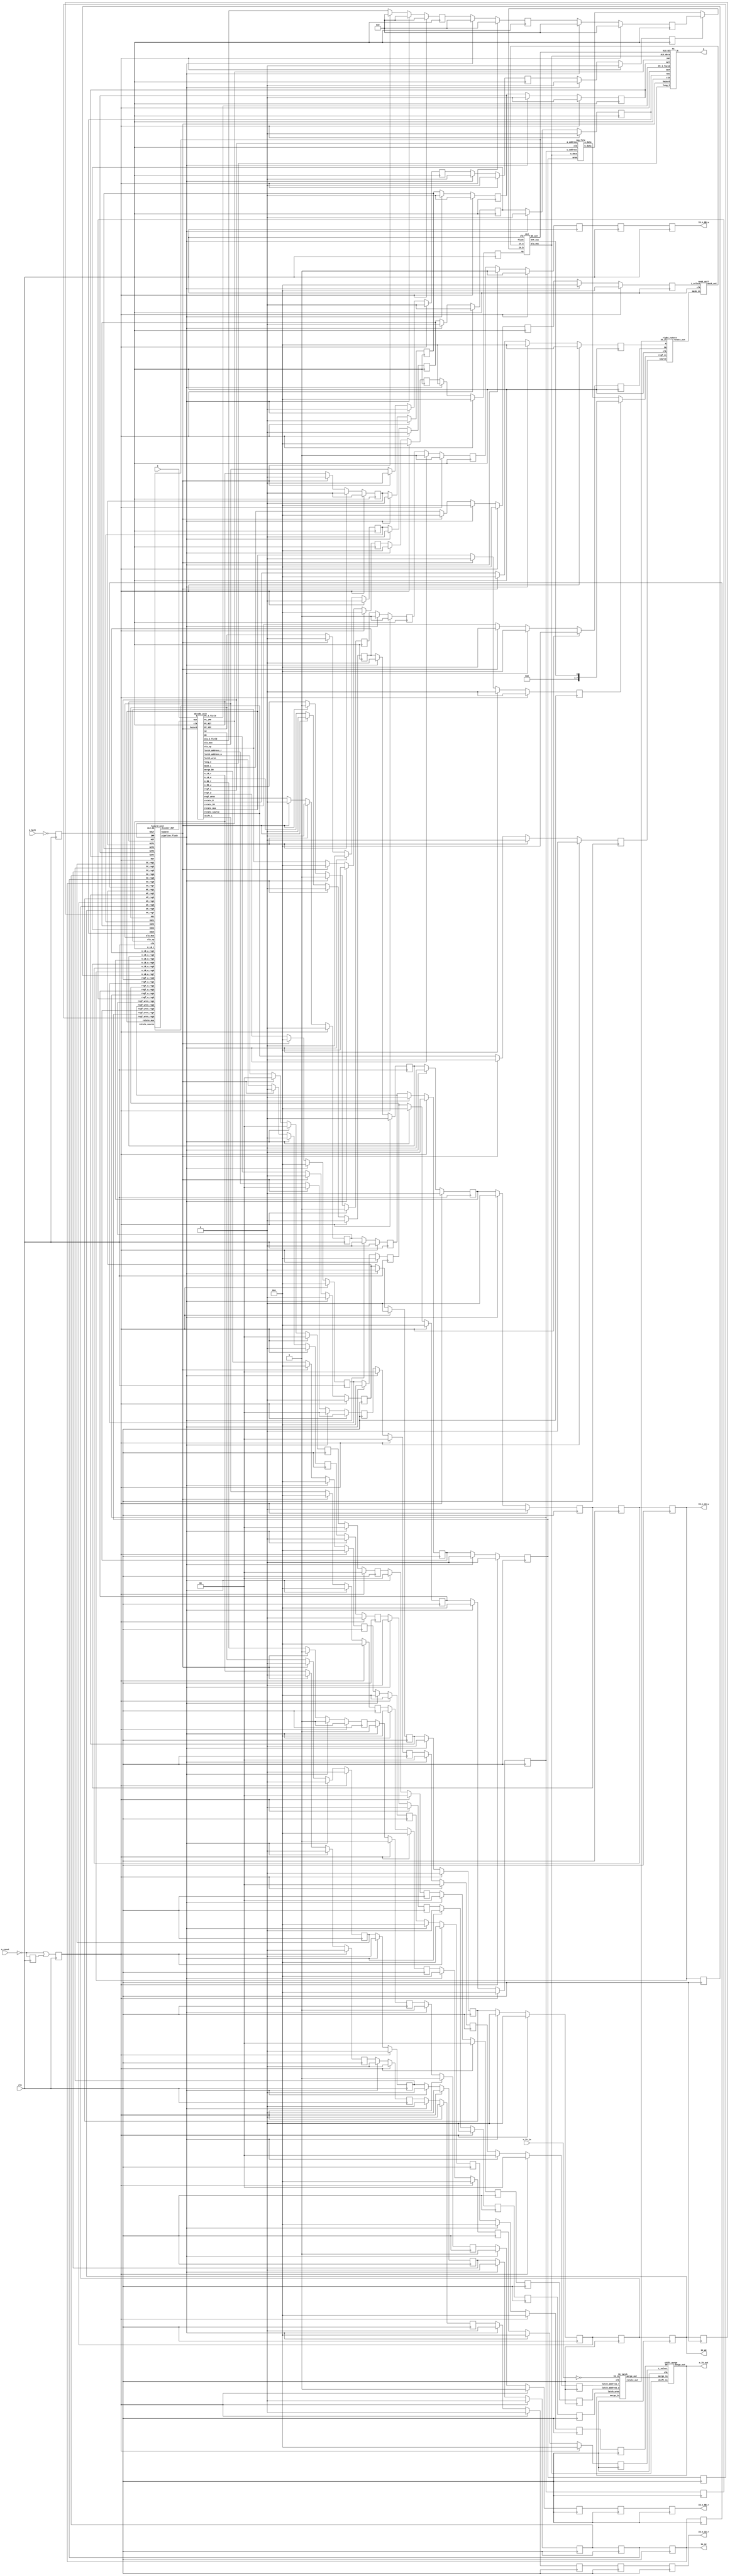
module N8X300(
		input wire clk,
		input wire n_halt,
		input wire n_reset,
		input wire[15:0] I,
		output wire[12:0] A,
		input wire[7:0] n_IV_in,
		output wire[7:0] n_IV_out,
		output wire IO_SC,
		output wire IO_WC,
		output wire IO_n_LB_w,
		output wire IO_n_RB_w,
		output wire IO_n_LB_r,
		output wire IO_n_RB_r);

reg RST, RST_hold;
reg HALT;
reg SC1, SC2, SC3, SC4, SC5, SC6, SC7;
reg WC1, WC2, WC3, WC4, WC5, WC6, WC7;
reg n_LB_w1, n_LB_w2, n_LB_w3, n_LB_w4, n_LB_w5, n_LB_w6, n_LB_w7;
reg n_RB_w1, n_RB_w2, n_RB_w3, n_RB_w4, n_RB_w5, n_RB_w6;
reg n_LB_r1, n_LB_r2, n_LB_r3, n_LB_r4, n_LB_r5, n_LB_r6;
reg n_RB_r1, n_RB_r2, n_RB_r3, n_RB_r4, n_RB_r5, n_RB_r6;
reg latch_wren1, latch_wren2, latch_wren3, latch_wren4, latch_wren5, latch_wren6;
reg[1:0] latch_address_w1, latch_address_w2, latch_address_w3, latch_address_w4, latch_address_w5, latch_address_w6;
reg[1:0] latch_address_r1, latch_address_r2, latch_address_r3, latch_address_r4;
wire[7:0] latch_merge_in, latch_merge_out, latch_rotate_out;
wire[2:0] regf_a;
reg[2:0] regf_w1, regf_w2, regf_w3, regf_w4, regf_w5;
reg regf_wren1, regf_wren2, regf_wren3, regf_wren4, regf_wren5;
wire[7:0] a_data, b_data;
wire[7:0] rotate_out;
reg[2:0] rotate_S01, rotate_R1;
reg rotate_source1;
reg rotate_mux1;
wire[7:0] rmux_out;
reg[2:0] mask_L1, mask_L2;
wire[7:0] mask_out;
reg[2:0] alu_op1, alu_op2, alu_op3;
wire[7:0] amux_out;
reg[7:0] alu_I_field1, alu_I_field2, alu_I_field3;
reg alu_mux1, alu_mux2, alu_mux3;
wire[7:0] alu_out;
wire OVF;
wire NZ;
wire decoder_RST;
wire SC;
wire WC;
wire n_LB_w;
wire n_RB_w;
wire n_LB_r;
wire n_RB_r;
wire[2:0] merge_D0;
wire[2:0] shift_L;
wire[2:0] alu_op;
wire[2:0] rotate_S0;
wire[2:0] rotate_R;
wire rotate_source;
wire rotate_mux;
wire[2:0] mask_L;
wire alu_mux;
wire[7:0] alu_I_field;
wire latch_wren;
wire[1:0] latch_address_w;
wire[1:0] latch_address_r;
wire[2:0] regf_w;
wire regf_wren;
reg NZT1, NZT2, NZT3, NZT4;
reg XEC1, XEC2, XEC3, XEC4;
wire NZT;
wire XEC;
wire JMP;
wire long_I;
wire[12:0] PC_I_field;
reg[2:0] merge_D01, merge_D02, merge_D03, merge_D04, merge_D05;
reg[2:0] shift_L1, shift_L2, shift_L3, shift_L4;
wire hazard;
wire pipeline_flush;
assign IO_SC = SC6;
assign IO_WC = WC6;
assign IO_n_LB_w = n_LB_w6;
assign IO_n_RB_w = n_RB_w6;
assign IO_n_LB_r = n_LB_r6;
assign IO_n_RB_r = n_RB_r6;

always @(posedge clk)
begin
	RST <= (~n_reset) | RST_hold;
	RST_hold <= ~n_reset;
	HALT <= ~n_halt;
	if(RST)
	begin
		SC1 <= 1'b0;
		SC2 <= 1'b0;
		SC3 <= 1'b0;
		SC4 <= 1'b0;
		WC1 <= 1'b0;
		WC2 <= 1'b0;
		WC3 <= 1'b0;
		WC4 <= 1'b0;
		n_LB_w1 <= 1'b0;
		n_LB_w2 <= 1'b0;
		n_LB_w3 <= 1'b0;
		n_LB_w4 <= 1'b0;
		n_RB_w1 <= 1'b1;
		n_RB_w2 <= 1'b1;
		n_RB_w3 <= 1'b1;
		n_RB_w4 <= 1'b1;
		n_LB_r1 <= 1'b0;
		n_LB_r2 <= 1'b0;
		n_LB_r3 <= 1'b0;
		n_LB_r4 <= 1'b0;
		n_RB_r1 <= 1'b1;
		n_RB_r2 <= 1'b1;
		n_RB_r3 <= 1'b1;
		n_RB_r4 <= 1'b1;
		latch_wren1 <= 1'b0;
		latch_wren2 <= 1'b0;
		latch_wren3 <= 1'b0;
		latch_wren4 <= 1'b0;
		latch_address_w1 <= 2'h0;
		latch_address_w2 <= 2'h0;
		latch_address_w3 <= 2'h0;
		latch_address_w4 <= 2'h0;
		latch_address_r1 <= 2'h0;
		latch_address_r2 <= 2'h0;
		latch_address_r3 <= 2'h0;
		latch_address_r4 <= 2'h0;
		regf_w1 <= 3'h0;
		regf_w2 <= 3'h0;
		regf_w3 <= 3'h0;
		regf_w4 <= 3'h0;
		regf_wren1 <= 1'b0;
		regf_wren2 <= 1'b0;
		regf_wren3 <= 1'b0;
		regf_wren4 <= 1'b0;
		rotate_S01 <= 3'h0;
		rotate_R1 <= 3'h0;
		rotate_source1 <= 1'b0;
		rotate_mux1 <= 1'b0;
		mask_L1 <= 3'h0;
		mask_L2 <= 3'h0;
		alu_op1 <= 3'h0;
		alu_op2 <= 3'h0;
		alu_op3 <= 3'h0;
		alu_I_field1 <= 8'h0;
		alu_I_field2 <= 8'h0;
		alu_I_field3 <= 8'h0;
		alu_mux1 <= 1'b0;
		alu_mux2 <= 1'b0;
		alu_mux3 <= 1'b0;
		merge_D01 <= 3'h0;
		merge_D02 <= 3'h0;
		merge_D03 <= 3'h0;
		merge_D04 <= 3'h0;
		shift_L1 <= 3'h0;
		shift_L2 <= 3'h0;
		shift_L3 <= 3'h0;
		shift_L4 <= 3'h0;
		NZT1 <= 1'b0;
		NZT2 <= 1'b0;
		NZT3 <= 1'b0;
		NZT4 <= 1'b0;
		XEC1 <= 1'b0;
		XEC2 <= 1'b0;
		XEC3 <= 1'b0;
		XEC4 <= 1'b0;
	end
	else
	begin
		if(pipeline_flush)
		begin
		SC1 <= 1'b0;
		SC2 <= 1'b0;
		SC3 <= 1'b0;
		SC4 <= 1'b0;
		WC1 <= 1'b0;
		WC2 <= 1'b0;
		WC3 <= 1'b0;
		WC4 <= 1'b0;
		n_LB_w1 <= 1'b0;
		n_LB_w2 <= 1'b0;
		n_LB_w3 <= 1'b0;
		n_LB_w4 <= 1'b0;
		n_RB_w1 <= 1'b1;
		n_RB_w2 <= 1'b1;
		n_RB_w3 <= 1'b1;
		n_RB_w4 <= 1'b1;
		n_LB_r1 <= 1'b0;
		n_LB_r2 <= 1'b0;
		n_LB_r3 <= 1'b0;
		n_LB_r4 <= 1'b0;
		n_RB_r1 <= 1'b1;
		n_RB_r2 <= 1'b1;
		n_RB_r3 <= 1'b1;
		n_RB_r4 <= 1'b1;
		latch_wren1 <= 1'b0;
		latch_wren2 <= 1'b0;
		latch_wren3 <= 1'b0;
		latch_wren4 <= 1'b0;
		latch_address_w1 <= 2'h0;
		latch_address_w2 <= 2'h0;
		latch_address_w3 <= 2'h0;
		latch_address_w4 <= 2'h0;
		latch_address_r1 <= 2'h0;
		latch_address_r2 <= 2'h0;
		latch_address_r3 <= 2'h0;
		latch_address_r4 <= 2'h0;
		regf_w1 <= 3'h0;
		regf_w2 <= 3'h0;
		regf_w3 <= 3'h0;
		regf_w4 <= 3'h0;
		regf_wren1 <= 1'b0;
		regf_wren2 <= 1'b0;
		regf_wren3 <= 1'b0;
		regf_wren4 <= 1'b0;
		rotate_S01 <= 3'h0;
		rotate_R1 <= 3'h0;
		rotate_source1 <= 1'b0;
		rotate_mux1 <= 1'b0;
		mask_L1 <= 3'h0;
		mask_L2 <= 3'h0;
		alu_op1 <= 3'h0;
		alu_op2 <= 3'h0;
		alu_op3 <= 3'h0;
		alu_I_field1 <= 8'h0;
		alu_I_field2 <= 8'h0;
		alu_I_field3 <= 8'h0;
		alu_mux1 <= 1'b0;
		alu_mux2 <= 1'b0;
		alu_mux3 <= 1'b0;
		merge_D01 <= 3'h0;
		merge_D02 <= 3'h0;
		merge_D03 <= 3'h0;
		merge_D04 <= 3'h0;
		shift_L1 <= 3'h0;
		shift_L2 <= 3'h0;
		shift_L3 <= 3'h0;
		shift_L4 <= 3'h0;
		NZT1 <= 1'b0;
		NZT2 <= 1'b0;
		NZT3 <= 1'b0;
		NZT4 <= 1'b0;
		XEC1 <= 1'b0;
		XEC2 <= 1'b0;
		XEC3 <= 1'b0;
		XEC4 <= 1'b0;
		end
		else
		begin
			if(hazard)
			begin
				SC1 <= 1'b0;
				WC1 <= 1'b0;
				n_LB_w1 <= 1'b0;
				n_RB_w1 <= 1'b1;
				n_LB_r1 <= 1'b0;
				n_RB_r1 <= 1'b1;
				latch_wren1 <= 1'b0;
				latch_address_w1 <= 2'h0;
				latch_address_r1 <= 2'h0;
				regf_w1 <= 3'h0;
				regf_wren1 <= 1'b0;
				rotate_S01 <= 3'h0;
				rotate_R1 <= 3'h0;
				rotate_source1 <= 1'b0;
				rotate_mux1 <= 1'b0;
				mask_L1 <= 3'h0;
				alu_op1 <= 3'h0;
				alu_I_field1 <= 8'h0;
				alu_mux1 <= 1'b0;
				merge_D01 <= 3'h0;
				shift_L1 <= 3'h0;
				NZT1 <= 1'b0;
				XEC1 <= 1'b0;
			end
			else
			begin
				SC1 <= SC;
				WC1 <= WC;
				n_LB_w1 <= n_LB_w;
				n_RB_w1 <= n_RB_w;
				n_LB_r1 <= n_LB_r;
				n_RB_r1 <= n_RB_r;
				latch_wren1 <= latch_wren;
				latch_address_w1 <= latch_address_w;
				latch_address_r1 <= latch_address_r;
				regf_w1 <= regf_w;
				regf_wren1 <= regf_wren;
				rotate_S01 <= rotate_S0;
				rotate_R1 <= rotate_R;
				rotate_source1 <= rotate_source;
				rotate_mux1 <= rotate_mux;
				mask_L1 <= mask_L;
				alu_op1 <= alu_op;
				alu_I_field1 <= alu_I_field;
				alu_mux1 <= alu_mux;
				merge_D01 <= merge_D0;
				shift_L1 <= shift_L;
				NZT1 <= NZT;
				XEC1 <= XEC;
			end
			SC2 <= SC1;
			SC3 <= SC2;
			SC4 <= SC3;
			WC2 <= WC1;
			WC3 <= WC2;
			WC4 <= WC3;
			n_LB_w2 <= n_LB_w1;
			n_LB_w3 <= n_LB_w2;
			n_LB_w4 <= n_LB_w3;
			n_RB_w2 <= n_RB_w1;
			n_RB_w3 <= n_RB_w2;
			n_RB_w4 <= n_RB_w3;
			n_LB_r2 <= n_LB_r1;
			n_LB_r3 <= n_LB_r2;
			n_LB_r4 <= n_LB_r3;
			n_RB_r2 <= n_RB_r1;
			n_RB_r3 <= n_RB_r2;
			n_RB_r4 <= n_RB_r3;
			latch_wren2 <= latch_wren1;
			latch_wren3 <= latch_wren2;
			latch_wren4 <= latch_wren3;
			latch_address_w2 <= latch_address_w1;
			latch_address_w3 <= latch_address_w2;
			latch_address_w4 <= latch_address_w3;
			latch_address_r2 <= latch_address_r1;
			latch_address_r3 <= latch_address_r2;
			latch_address_r4 <= latch_address_r3;
			regf_w2 <= regf_w1;
			regf_w3 <= regf_w2;
			regf_w4 <= regf_w3;
			regf_wren2 <= regf_wren1;
			regf_wren3 <= regf_wren2;
			regf_wren4 <= regf_wren3;
			mask_L2 <= mask_L1;
			alu_op2 <= alu_op1;
			alu_op3 <= alu_op2;
			alu_I_field2 <= alu_I_field1;
			alu_I_field3 <= alu_I_field2;
			alu_mux2 <= alu_mux1;
			alu_mux3 <= alu_mux2;
			merge_D02 <= merge_D01;
			merge_D03 <= merge_D02;
			merge_D04 <= merge_D03;
			shift_L2 <= shift_L1;
			shift_L3 <= shift_L2;
			shift_L4 <= shift_L3;
			NZT2 <= NZT1;
			NZT3 <= NZT2;
			NZT4 <= NZT3;
			XEC2 <= XEC1;
			XEC3 <= XEC2;
			XEC4 <= XEC3;
		end
	end
	SC5 <= SC4;
	SC6 <= SC5;
	SC7 <= SC6;
	WC5 <= WC4;
	WC6 <= WC5;
	WC7 <= WC6;
	n_LB_w5 <= n_LB_w4;
	n_LB_w6 <= n_LB_w5;
	n_LB_w7 <= n_LB_w6;
	n_RB_w5 <= n_RB_w4;
	n_RB_w6 <= n_RB_w5;
	n_LB_r5 <= n_LB_r4;
	n_LB_r6 <= n_LB_r5;
	n_RB_r5 <= n_RB_r4;
	n_RB_r6 <= n_RB_r5;
	latch_wren5 <= latch_wren4;
	latch_wren6 <= latch_wren5;
	latch_address_w5 <= latch_address_w4;
	latch_address_w6 <= latch_address_w5;
	regf_w5 <= regf_w4;
	regf_wren5 <= regf_wren4;
	merge_D05 <= merge_D04;
end
// IO module
assign n_IV_out = latch_merge_in;
IO_latch IO_latch0(
		.clk(clk),
		.latch_wren(latch_wren6),
		.latch_address_w(latch_address_w6),
		.latch_address_r(latch_address_r4),
		.merge_in(latch_merge_in),
		.IO_in(~n_IV_in),
		.merge_out(latch_merge_out),
		.rotate_out(latch_rotate_out));
//register file
reg_file reg_file0(
		.clk(clk),
		.a_address(regf_a),
		.w_address(regf_w4),
		.wren(regf_wren4),
		.w_data(alu_out),
		.a_data(a_data),
		.b_data(b_data));
//right rotate module
assign rmux_out = rotate_mux1 ? {7'h0, OVF} : a_data;
right_rotate right_rotate0(
		.clk(clk),
		.regf_in(rmux_out),
		.IO_in(latch_rotate_out),
		.rotate_out(rotate_out),
		.S0(rotate_S01),
		.R(rotate_R1),
		.source(rotate_source1));
//mask module
mask_unit mask0(.clk(clk), .mask_in(rotate_out), .L_select(mask_L2), .mask_out(mask_out));
//ALU
assign amux_out = alu_mux3 ? alu_I_field3 : b_data;
ALU ALU0(.clk(clk), .flush(pipeline_flush), .op(alu_op3), .in_a(mask_out), .in_b(amux_out), .alu_out(alu_out), .OVF_out(OVF), .NZ_out(NZ));
//shift and merge module
shift_merge shift_merge0(.clk(clk), .shift_in(alu_out), .merge_in(latch_merge_out), .merge_out(latch_merge_in), .D0(merge_D05), .L_select(shift_L4));
//PC
PC PC0(
		.clk(clk),
		.NZT(NZT4),
		.XEC(XEC4),
		.JMP(JMP),
		.RST(RST),
		.ALU_NZ(NZ),
		.hazard(hazard),
		.long_I(long_I),
		.ALU_data(alu_out),
		.PC_I_field(PC_I_field),
		.A(A));
//control unit
decode_unit decode_unit0(
		.clk(clk),
		.RST(decoder_RST),
		.hazard(hazard), 
		.I(I),
		.SC(SC),
		.WC(WC),
		.n_LB_w(n_LB_w),
		.n_RB_w(n_RB_w),
		.n_LB_r(n_LB_r),
		.n_RB_r(n_RB_r),
		.rotate_S0(rotate_S0),
		.rotate_R(rotate_R),
		.rotate_source(rotate_source),
		.rotate_mux(rotate_mux),
		.mask_L(mask_L),
		.alu_op(alu_op),
		.alu_mux(alu_mux),
		.alu_I_field(alu_I_field),
		.latch_wren(latch_wren),
		.latch_address_w(latch_address_w),
		.latch_address_r(latch_address_r),
		.merge_D0(merge_D0),
		.shift_L(shift_L),
		.regf_a(regf_a),
		.regf_w(regf_w),
		.regf_wren(regf_wren),
		.PC_JMP(JMP),
		.PC_XEC(XEC),
		.PC_NZT(NZT),
		.PC_I_field(PC_I_field),
		.long_I(long_I));
//hazard unit
hazard_unit hazard_unit0(
		.clk(clk),
		.NZT(NZT), .NZT1(NZT1), .NZT2(NZT2), .NZT3(NZT3), .NZT4(NZT4),
		.JMP(JMP),
		.XEC(XEC), .XEC1(XEC1), .XEC2(XEC2), .XEC3(XEC3), .XEC4(XEC4),
		.ALU_NZ(NZ),
		.alu_op(alu_op),
		.alu_mux(alu_mux),
		.HALT(HALT),
		.RST(RST),
		.regf_a_read(regf_a),
		.regf_w_reg1(regf_w1), .regf_w_reg2(regf_w2), .regf_w_reg3(regf_w3), .regf_w_reg4(regf_w4), .regf_w_reg5(regf_w5),
		.regf_wren_reg1(regf_wren1), .regf_wren_reg2(regf_wren2), .regf_wren_reg3(regf_wren3), .regf_wren_reg4(regf_wren4), .regf_wren_reg5(regf_wren5),
		.SC_reg1(SC1), .SC_reg2(SC2), .SC_reg3(SC3), .SC_reg4(SC4), .SC_reg5(SC5), .SC_reg6(SC6), .SC_reg7(SC7),
		.WC_reg1(WC1), .WC_reg2(WC2), .WC_reg3(WC3), .WC_reg4(WC4), .WC_reg5(WC5), .WC_reg6(WC6), .WC_reg7(WC7),
		.n_LB_w_reg1(n_LB_w1), .n_LB_w_reg2(n_LB_w2), .n_LB_w_reg3(n_LB_w3), .n_LB_w_reg4(n_LB_w4), .n_LB_w_reg5(n_LB_w5), .n_LB_w_reg6(n_LB_w6), .n_LB_w_reg7(n_LB_w7),
		.n_LB_r(n_LB_r),
		.rotate_mux(rotate_mux),
		.rotate_source(rotate_source),
		.hazard(hazard),
		.pipeline_flush(pipeline_flush),
		.decoder_RST(decoder_RST));
endmodule

module right_rotate(input wire clk, input wire[7:0] regf_in, IO_in, output wire[7:0] rotate_out, input wire[2:0] S0, R, input wire source);
wire[2:0] selector;
wire[7:0] selected;
reg[7:0] rotate_reg;
assign selector = (source) ? ~S0 : R;
assign selected = (source) ? IO_in : regf_in;
always @(posedge clk)
begin
	case(selector)
	3'b000: rotate_reg <= selected;
	3'b001: rotate_reg <= {selected[0], selected[7:1]};
	3'b010: rotate_reg <= {selected[1:0], selected[7:2]};
	3'b011: rotate_reg <= {selected[2:0], selected[7:3]};
	3'b100: rotate_reg <= {selected[3:0], selected[7:4]};
	3'b101: rotate_reg <= {selected[4:0], selected[7:5]};
	3'b110: rotate_reg <= {selected[5:0], selected[7:6]};
	3'b111: rotate_reg <= {selected[6:0], selected[7]};
	endcase
end
assign rotate_out = rotate_reg;
endmodule

module mask_unit(input wire clk, input wire[7:0] mask_in, input wire[2:0] L_select, output wire[7:0] mask_out);
reg[7:0] mask_reg;
always @(posedge clk)
begin
	case(L_select)
	3'b000: mask_reg <= mask_in;
	3'b001: mask_reg <= {7'h0, mask_in[0]};
	3'b010: mask_reg <= {6'h0, mask_in[1:0]};
	3'b011: mask_reg <= {5'h0, mask_in[2:0]};
	3'b100: mask_reg <= {4'h0, mask_in[3:0]};
	3'b101: mask_reg <= {3'h0, mask_in[4:0]};
	3'b110: mask_reg <= {2'b0, mask_in[5:0]};
	3'b111: mask_reg <= {1'b0, mask_in[6:0]};
	endcase
end
assign mask_out = mask_reg;
endmodule

module ALU(input wire clk, flush, input wire[2:0] op, input wire[7:0] in_a, in_b, output wire[7:0] alu_out, output wire OVF_out, NZ_out);
reg[7:0] alu_reg;
reg OVF_reg;
reg NZ_reg;
wire[8:0] add_result;
assign add_result = in_a + in_b;
always @(posedge clk)
begin
	case(op)
	3'b000: alu_reg <= in_a;
	3'b001: alu_reg <= add_result[7:0];
	3'b010: alu_reg <= in_a & in_b;
	3'b011: alu_reg <= in_a ^ in_b;
	3'b100: alu_reg <= in_b;
	3'b101: alu_reg <= add_result[7:0];
	3'b110: alu_reg <= in_a & in_b;
	3'b111: alu_reg <= in_a ^ in_b;
	endcase
	if((op[1:0] == 2'b01) & (~flush))
		OVF_reg <= add_result[8];
	if(in_a != 8'h00)
		NZ_reg <= 1'b1;
	else
		NZ_reg <= 1'b0;
end
assign alu_out = alu_reg;
assign OVF_out = OVF_reg;
assign NZ_out = NZ_reg;
endmodule

module IO_latch(input wire clk, latch_wren, input wire[1:0] latch_address_w, latch_address_r, input wire[7:0] merge_in, IO_in, output wire[7:0] merge_out, rotate_out);
reg[7:0] merge_out_reg;
reg[7:0] rotate_out_reg;
reg[7:0] LBA_reg;
reg[7:0] RBA_reg;
reg[7:0] IV_reg0, IV_reg1, IV_reg2, IV_reg3;
always @(posedge clk)
begin
	rotate_out_reg <= IO_in;
	IV_reg0 <= rotate_out_reg;
	IV_reg1 <= IV_reg0;
	IV_reg2 <= IV_reg1;
	IV_reg3 <= IV_reg2;
	if(latch_wren)
	begin
		if(latch_address_w == latch_address_r)
			merge_out_reg <= merge_in;
		else
		begin
			case(latch_address_r)
			2'h0: merge_out_reg <= LBA_reg;
			2'h1: merge_out_reg <= RBA_reg;
			2'h2: merge_out_reg <= IV_reg3;
			2'h3: merge_out_reg <= IV_reg3;
			endcase
		end
		case(latch_address_w)
		2'h0: LBA_reg <= merge_in;
		2'h1: RBA_reg <= merge_in;
		2'h2: ;
		2'h3: ;
		endcase
	end
	else
	begin
		case(latch_address_r)
		2'h0: merge_out_reg <= LBA_reg;
		2'h1: merge_out_reg <= RBA_reg;
		2'h2: merge_out_reg <= IV_reg3;
		2'h3: merge_out_reg <= IV_reg3;
		endcase
	end
end
assign merge_out = merge_out_reg;
assign rotate_out = rotate_out_reg;
endmodule

module shift_merge(input wire clk, input wire[7:0] shift_in, merge_in, output wire[7:0] merge_out, input wire[2:0] D0, L_select);
reg[7:0] shift_reg;
reg[7:0] merge_reg;
reg[7:0] merge_mask;
always @(posedge clk)
begin
	case(L_select)
	3'b000: shift_reg <= shift_in;
	3'b001: shift_reg <= {7'h0, shift_in[0]};
	3'b010: shift_reg <= {6'h0, shift_in[1:0]};
	3'b011: shift_reg <= {5'h0, shift_in[2:0]};
	3'b100: shift_reg <= {4'h0, shift_in[3:0]};
	3'b101: shift_reg <= {3'h0, shift_in[4:0]};
	3'b110: shift_reg <= {2'b0, shift_in[5:0]};
	3'b111: shift_reg <= {1'b0, shift_in[6:0]};
	endcase
	case(L_select)
	3'b000: merge_mask <= 8'h0;
	3'b001: merge_mask <= {7'b1111111, 1'b0};
	3'b010: merge_mask <= {6'b111111, 2'b00};
	3'b011: merge_mask <= {5'b11111, 3'b000};
	3'b100: merge_mask <= {4'b1111, 4'b0000};
	3'b101: merge_mask <= {3'b111, 5'b00000};
	3'b110: merge_mask <= {2'b11, 6'b000000};
	3'b111: merge_mask <= {1'b1, 7'b0000000};
	endcase
	case(D0)
	3'b000: merge_reg <= {shift_reg[0], 7'h00} | (merge_in & {merge_mask[0], 7'h00});
	3'b001: merge_reg <= {shift_reg[1:0], 6'h00} | (merge_in & {merge_mask[1:0], 6'h00});
	3'b010: merge_reg <= {shift_reg[2:0], 5'h00} | (merge_in & {merge_mask[2:0], 5'h00});
	3'b011: merge_reg <= {shift_reg[3:0], 4'h0} | (merge_in & {merge_mask[3:0], 4'h0});
	3'b100: merge_reg <= {shift_reg[4:0], 3'h0} | (merge_in & {merge_mask[4:0], 3'h0});
	3'b101: merge_reg <= {shift_reg[5:0], 2'b00} | (merge_in & {merge_mask[5:0], 2'b00});
	3'b110: merge_reg <= {shift_reg[6:0], 1'b0} | (merge_in & {merge_mask[6:0], 1'b0});
	3'b111: merge_reg <= shift_reg | (merge_in & merge_mask);
	endcase
end
assign merge_out = merge_reg;
endmodule

module reg_file(input wire clk, wren, input wire[2:0] a_address, w_address, input wire[7:0] w_data, output wire[7:0] a_data, b_data);
reg[7:0] a_reg;
reg[7:0] rfile[7:0];
always @(posedge clk)
begin
	if(wren)
		rfile[w_address] <= w_data;
	a_reg <= rfile[a_address];
end
assign a_data = a_reg;
assign b_data = rfile[0];
endmodule

module decode_unit(
		input wire clk,
		input wire RST,
		input wire hazard,
		input wire[15:0] I,
		output wire SC,
		output wire WC,
		output wire n_LB_w,
		output wire n_RB_w,
		output wire n_LB_r,
		output wire n_RB_r,
		output wire[2:0] rotate_S0,
		output wire[2:0] rotate_R,
		output wire rotate_source,
		output wire rotate_mux,
		output wire[2:0] mask_L,
		output wire[2:0] alu_op,
		output wire alu_mux,
		output wire[7:0] alu_I_field,
		output wire latch_wren,
		output wire[1:0] latch_address_w,
		output wire[1:0] latch_address_r,
		output wire[2:0] merge_D0,
		output wire[2:0] shift_L,
		output wire[2:0] regf_a,
		output wire[2:0] regf_w,
		output wire regf_wren,
		output wire PC_JMP,
		output wire PC_XEC,
		output wire PC_NZT,
		output wire[12:0] PC_I_field,
		output wire long_I);
reg[15:0] I_reg;
reg[15:0] I_alternate;
reg prev_hazard;
reg SC_reg;
reg WC_reg;
reg n_LB_w_reg;
reg n_RB_w_reg;
reg n_LB_r_reg;
reg n_RB_r_reg;
reg[2:0] rotate_S0_reg;
reg[2:0] rotate_R_reg;
reg rotate_source_reg;
reg rotate_mux_reg;
reg[2:0] mask_L_reg;
reg[2:0] alu_op_reg;
reg alu_mux_reg;
reg[7:0] alu_I_field_reg;
reg latch_wren_reg;
reg[1:0] latch_address_w_reg;
reg[1:0] latch_address_r_reg;
reg[2:0] merge_D0_reg;
reg[2:0] shift_L_reg;
reg[2:0] regf_a_reg, regf_w_reg;
reg regf_wren_reg;
reg JMP;
reg XEC;
reg NZT;
reg[12:0] PC_I_field_reg;
assign long_I = ~I_reg[12];
always @(posedge clk)
begin
	if(RST)
	begin
		I_reg <= 16'h00;
		prev_hazard <= 1'b0;
	end
	else 
	begin
		prev_hazard <= hazard;
		PC_I_field_reg <= I_reg[12:0];
		if(hazard & (~prev_hazard))
			I_alternate <= I;
		if(~hazard)
		begin
			if(prev_hazard)
				I_reg <= I_alternate;
			else
				I_reg <= I;
		end
	end
	if(RST)
	begin
		JMP <= 1'b0;
		NZT <= 1'b0;
		XEC <= 1'b0;
	end
	else if(~hazard)
	begin
		case(I_reg[15:13])
		3'h0:	//move
		begin
			case(I_reg[11])	//S1 field
			1'h0: regf_a_reg <= I_reg[10:8];
			1'h1: regf_a_reg <= 3'h7;
			endcase
			n_LB_r_reg <= I_reg[11];
			n_RB_r_reg <= ~I_reg[11];
			JMP <= 1'b0;
			
			case(I_reg[11])
			1'b0: rotate_mux_reg <= 1'b0;
			1'b1: rotate_mux_reg <= ~I_reg[8];
			endcase
			rotate_source_reg <= I_reg[12];
			case(I_reg[4])
			1'b0: rotate_R_reg <= I_reg[7:5];
			1'b1: rotate_R_reg <= 3'b000;
			endcase
			rotate_S0_reg <= I_reg[10:8];
			
			if(I_reg[12])
				mask_L_reg <= I_reg[7:5];
			else
				mask_L_reg <= 3'h0;
				
			alu_op_reg <= 3'h0;	//move
			alu_mux_reg <= 1'b0;
			alu_I_field_reg <= I_reg[7:0] & {{3{~I_reg[12]}}, 5'b11111};
			
			shift_L_reg <= I_reg[7:5];
			case(I_reg[3])
			1'b0: regf_w_reg <= I_reg[2:0];
			1'b1: regf_w_reg <= 3'h7;
			endcase
			if((I_reg[4:3] == 2'b00 && I_reg[2:0] != 3'h7) || (I_reg[4:3] == 2'b01 && I_reg[2:0] == 3'b001))
				regf_wren_reg <= ((I_reg[7:5] != 3'h0) | (I_reg[12:8] != I_reg[4:0]));	//prevent NOP from triggering hazard detection
			else
				regf_wren_reg <= 1'b0;
			latch_address_r_reg <= I_reg[4:3];
			NZT <= 1'b0;
			XEC <= 1'b0;
			
			merge_D0_reg <= I_reg[2:0];
			WC_reg <= I_reg[4];
			if(I_reg[4] == 1'b0 && (I_reg[2:0] == 3'h7))
				SC_reg <= 1'b1;
			else
				SC_reg <= 1'b0;
			n_LB_w_reg <= I_reg[3];
			n_RB_w_reg <= ~I_reg[3];
			if((I_reg[4:3] != 2'b00) || (I_reg[2:0] == 3'h7))
				latch_wren_reg <= 1'b1;
			else
				latch_wren_reg <= 1'b0;
			latch_address_w_reg <= I_reg[4:3];
		end
		3'h1:	//add
		begin
			case(I_reg[11])	//S1 field
			1'h0: regf_a_reg <= I_reg[10:8];
			1'h1: regf_a_reg <= 3'h7;
			endcase
			n_LB_r_reg <= I_reg[11];
			n_RB_r_reg <= ~I_reg[11];
			JMP <= 1'b0;
			
			case(I_reg[11])
			1'b0: rotate_mux_reg <= 1'b0;
			1'b1: rotate_mux_reg <= ~I_reg[8];
			endcase
			rotate_source_reg <= I_reg[12];
			case(I_reg[4])
			1'b0: rotate_R_reg <= I_reg[7:5];
			1'b1: rotate_R_reg <= 3'b000;
			endcase
			rotate_S0_reg <= I_reg[10:8];
			
			if(I_reg[12])
				mask_L_reg <= I_reg[7:5];
			else
				mask_L_reg <= 3'h0;
				
			alu_op_reg <= 3'h1;	//add
			alu_mux_reg <= 1'b0;
			alu_I_field_reg <= I_reg[7:0] & {{3{~I_reg[12]}}, 5'b11111};
			
			shift_L_reg <= I_reg[7:5];
			case(I_reg[3])
			1'b0: regf_w_reg <= I_reg[2:0];
			1'b1: regf_w_reg <= 3'h7;
			endcase
			if((I_reg[4:3] == 2'b00 && I_reg[2:0] != 3'h7) || (I_reg[4:3] == 2'b01 && I_reg[2:0] == 3'b001))
				regf_wren_reg <= 1'b1;
			else
				regf_wren_reg <= 1'b0;
			latch_address_r_reg <= I_reg[4:3];
			NZT <= 1'b0;
			XEC <= 1'b0;
			
			merge_D0_reg <= I_reg[2:0];
			WC_reg <= I_reg[4];
			if(I_reg[4] == 1'b0 && (I_reg[2:0] == 3'h7))
				SC_reg <= 1'b1;
			else
				SC_reg <= 1'b0;
			n_LB_w_reg <= I_reg[3];
			n_RB_w_reg <= ~I_reg[3];
			if((I_reg[4:3] != 2'b00) || (I_reg[2:0] == 3'h7))
				latch_wren_reg <= 1'b1;
			else
				latch_wren_reg <= 1'b0;
			latch_address_w_reg <= I_reg[4:3];
		end
		3'h2:	//and
		begin
			case(I_reg[11])	//S1 field
			1'h0: regf_a_reg <= I_reg[10:8];
			1'h1: regf_a_reg <= 3'h7;
			endcase
			n_LB_r_reg <= I_reg[11];
			n_RB_r_reg <= ~I_reg[11];
			JMP <= 1'b0;
			
			case(I_reg[11])
			1'b0: rotate_mux_reg <= 1'b0;
			1'b1: rotate_mux_reg <= ~I_reg[8];
			endcase
			rotate_source_reg <= I_reg[12];
			case(I_reg[4])
			1'b0: rotate_R_reg <= I_reg[7:5];
			1'b1: rotate_R_reg <= 3'b000;
			endcase
			rotate_S0_reg <= I_reg[10:8];
			
			if(I_reg[12])
				mask_L_reg <= I_reg[7:5];
			else
				mask_L_reg <= 3'h0;
				
			alu_op_reg <= 3'h2;	//and
			alu_mux_reg <= 1'b0;
			alu_I_field_reg <= I_reg[7:0] & {{3{~I_reg[12]}}, 5'b11111};
			
			shift_L_reg <= I_reg[7:5];
			case(I_reg[3])
			1'b0: regf_w_reg <= I_reg[2:0];
			1'b1: regf_w_reg <= 3'h7;
			endcase
			if((I_reg[4:3] == 2'b00 && I_reg[2:0] != 3'h7) || (I_reg[4:3] == 2'b01 && I_reg[2:0] == 3'b001))
				regf_wren_reg <= 1'b1;
			else
				regf_wren_reg <= 1'b0;
			latch_address_r_reg <= I_reg[4:3];
			NZT <= 1'b0;
			XEC <= 1'b0;
			
			merge_D0_reg <= I_reg[2:0];
			WC_reg <= I_reg[4];
			if(I_reg[4] == 1'b0 && (I_reg[2:0] == 3'h7))
				SC_reg <= 1'b1;
			else
				SC_reg <= 1'b0;
			n_LB_w_reg <= I_reg[3];
			n_RB_w_reg <= ~I_reg[3];
			if((I_reg[4:3] != 2'b00) || (I_reg[2:0] == 3'h7))
				latch_wren_reg <= 1'b1;
			else
				latch_wren_reg <= 1'b0;
			latch_address_w_reg <= I_reg[4:3];
		end
		3'h3:	//xor
		begin
			case(I_reg[11])	//S1 field
			1'h0: regf_a_reg <= I_reg[10:8];
			1'h1: regf_a_reg <= 3'h7;
			endcase
			n_LB_r_reg <= I_reg[11];
			n_RB_r_reg <= ~I_reg[11];
			JMP <= 1'b0;
			
			case(I_reg[11])
			1'b0: rotate_mux_reg <= 1'b0;
			1'b1: rotate_mux_reg <= ~I_reg[8];
			endcase
			rotate_source_reg <= I_reg[12];
			case(I_reg[4])
			1'b0: rotate_R_reg <= I_reg[7:5];
			1'b1: rotate_R_reg <= 3'b000;
			endcase
			rotate_S0_reg <= I_reg[10:8];
			
			if(I_reg[12])
				mask_L_reg <= I_reg[7:5];
			else
				mask_L_reg <= 3'h0;
				
			alu_op_reg <= 3'h3;	//xor
			alu_mux_reg <= 1'b0;
			alu_I_field_reg <= I_reg[7:0] & {{3{~I_reg[12]}}, 5'b11111};
			
			shift_L_reg <= I_reg[7:5];
			case(I_reg[3])
			1'b0: regf_w_reg <= I_reg[2:0];
			1'b1: regf_w_reg <= 3'h7;
			endcase
			if((I_reg[4:3] == 2'b00 && I_reg[2:0] != 3'h7) || (I_reg[4:3] == 2'b01 && I_reg[2:0] == 3'b001))
				regf_wren_reg <= 1'b1;
			else
				regf_wren_reg <= 1'b0;
			latch_address_r_reg <= I_reg[4:3];
			NZT <= 1'b0;
			XEC <= 1'b0;
			
			merge_D0_reg <= I_reg[2:0];
			WC_reg <= I_reg[4];
			if(I_reg[4] == 1'b0 && (I_reg[2:0] == 3'h7))
				SC_reg <= 1'b1;
			else
				SC_reg <= 1'b0;
			n_LB_w_reg <= I_reg[3];
			n_RB_w_reg <= ~I_reg[3];
			if((I_reg[4:3] != 2'b00) || (I_reg[2:0] == 3'h7))
				latch_wren_reg <= 1'b1;
			else
				latch_wren_reg <= 1'b0;
			latch_address_w_reg <= I_reg[4:3];
		end
		3'h4:	//xec
		begin
			case(I_reg[11])	//S1 field
			1'h0: regf_a_reg <= I_reg[10:8];
			1'h1: regf_a_reg <= 3'h7;
			endcase
			n_LB_r_reg <= I_reg[11];
			n_RB_r_reg <= ~I_reg[11];
			JMP <= 1'b0;
			
			//case(I_reg[11])
			//1'b0: rotate_mux_reg <= 1'b0;
			//1'b1: rotate_mux_reg <= ~I_reg[8];
			//endcase
			rotate_mux_reg <= 1'b1;
			rotate_source_reg <= I_reg[12];
			rotate_R_reg <= 3'b000;
			rotate_S0_reg <= I_reg[10:8];
			
			if(I_reg[12])
				mask_L_reg <= I_reg[7:5];
			else
				mask_L_reg <= 3'h0;
			
			alu_op_reg <= 3'h5;
			alu_mux_reg <= 1'b1;
			alu_I_field_reg <= I_reg[7:0] & {{3{~I_reg[12]}}, 5'b11111};
			
			shift_L_reg <= I_reg[7:5];
			case(I_reg[3])
			1'b0: regf_w_reg <= I_reg[2:0];
			1'b1: regf_w_reg <= 3'h7;
			endcase
			regf_wren_reg <= 1'b0;
			latch_address_r_reg <= I_reg[4:3];
			NZT <= 1'b0;
			XEC <= 1'b1;
			
			merge_D0_reg <= I_reg[2:0];
			WC_reg <= 1'b0;
			SC_reg <= 1'b0;
			n_LB_w_reg <= I_reg[3];
			n_RB_w_reg <= ~I_reg[3];
			latch_wren_reg <= 1'b0;
			latch_address_w_reg <= I_reg[4:3];
		end
		3'h5:	//nzt
		begin
			case(I_reg[11])	//S1 field
			1'h0: regf_a_reg <= I_reg[10:8];
			1'h1: regf_a_reg <= 3'h7;
			endcase
			n_LB_r_reg <= I_reg[11];
			n_RB_r_reg <= ~I_reg[11];
			JMP <= 1'b0;
			
			case(I_reg[11])
			1'b0: rotate_mux_reg <= 1'b0;
			1'b1: rotate_mux_reg <= ~I_reg[8];
			endcase
			rotate_source_reg <= I_reg[12];
			rotate_R_reg <= 3'b000;
			rotate_S0_reg <= I_reg[10:8];
			
			if(I_reg[12])
				mask_L_reg <= I_reg[7:5];
			else
				mask_L_reg <= 3'h0;
			
			alu_op_reg <= 3'h4;
			alu_mux_reg <= 1'b1;
			alu_I_field_reg <= I_reg[7:0] & {{3{~I_reg[12]}}, 5'b11111};
			
			shift_L_reg <= I_reg[7:5];
			case(I_reg[3])
			1'b0: regf_w_reg <= I_reg[2:0];
			1'b1: regf_w_reg <= 3'h7;
			endcase
			regf_wren_reg <= 1'b0;
			latch_address_r_reg <= I_reg[4:3];
			NZT <= 1'b1;
			XEC <= 1'b0;
			
			merge_D0_reg <= I_reg[2:0];
			WC_reg <= 1'b0;
			SC_reg <= 1'b0;
			n_LB_w_reg <= I_reg[3];
			n_RB_w_reg <= ~I_reg[3];
			latch_wren_reg <= 1'b0;
			latch_address_w_reg <= I_reg[4:3];
		end
		3'h6:	//xmit
		begin
			case(I_reg[11])	//S1 field
			1'h0: regf_a_reg <= I_reg[10:8];
			1'h1: regf_a_reg <= 3'h7;
			endcase
			n_LB_r_reg <= I_reg[11];
			n_RB_r_reg <= ~I_reg[11];
			JMP <= 1'b0;
			
			//case(I_reg[11])
			//1'b0: rotate_mux_reg <= 1'b0;
			//1'b1: rotate_mux_reg <= ~I_reg[8];
			//endcase
			rotate_mux_reg <= 1'b1;
			rotate_source_reg <= I_reg[12];
			rotate_R_reg <= 3'b000;
			rotate_S0_reg <= I_reg[10:8];
			
			if(I_reg[12])
				mask_L_reg <= I_reg[7:5];
			else
				mask_L_reg <= 3'h0;
			
			alu_op_reg <= 3'h4;
			alu_mux_reg <= 1'b1;
			alu_I_field_reg <= I_reg[7:0] & {{3{~I_reg[12]}}, 5'b11111};
			
			shift_L_reg <= I_reg[7:5];
			case(I_reg[11])
			1'b0: regf_w_reg <= I_reg[10:8];
			1'b1: regf_w_reg <= 3'h7;
			endcase
			if((I_reg[12:11] == 2'b00 && I_reg[10:8] != 3'h7) || (I_reg[12:11] == 2'b01 && I_reg[10:8] == 3'b001))
				regf_wren_reg <= 1'b1;
			else
				regf_wren_reg <= 1'b0;
			latch_address_r_reg <= I_reg[12:11];
			NZT <= 1'b0;
			XEC <= 1'b0;
			
			merge_D0_reg <= I_reg[10:8];
			WC_reg <= I_reg[12];
			if(I_reg[12] == 1'b0 && (I_reg[10:8] == 3'h7))
				SC_reg <= 1'b1;
			else
				SC_reg <= 1'b0;
			n_LB_w_reg <= I_reg[11];
			n_RB_w_reg <= ~I_reg[11];
			if((I_reg[12:11] != 2'b00) || (I_reg[10:8] == 3'h7))
				latch_wren_reg <= 1'b1;
			else
				latch_wren_reg <= 1'b0;
			latch_address_w_reg <= I_reg[12:11];
		end
		3'h7:	//jmp
		begin
			case(I_reg[11])	//S1 field
			1'h0: regf_a_reg <= I_reg[10:8];
			1'h1: regf_a_reg <= 3'h7;
			endcase
			n_LB_r_reg <= I_reg[11];
			n_RB_r_reg <= ~I_reg[11];
			JMP <= 1'b1;
			
			//case(I_reg[11])
			//1'b0: rotate_mux_reg <= 1'b0;
			//1'b1: rotate_mux_reg <= ~I_reg[8];
			//endcase
			rotate_mux_reg <= 1'b1;
			rotate_source_reg <= I_reg[12];
			rotate_R_reg <= 3'b000;
			rotate_S0_reg <= I_reg[10:8];
			
			if(I_reg[12])
				mask_L_reg <= I_reg[7:5];
			else
				mask_L_reg <= 3'h0;
			
			alu_op_reg <= 3'h7;
			alu_mux_reg <= 1'b1;
			alu_I_field_reg <= I_reg[7:0] & {{3{~I_reg[12]}}, 5'b11111};
			
			shift_L_reg <= I_reg[7:5];
			case(I_reg[3])
			1'b0: regf_w_reg <= I_reg[2:0];
			1'b1: regf_w_reg <= 3'h7;
			endcase
			regf_wren_reg <= 1'b0;
			latch_address_r_reg <= I_reg[4:3];
			NZT <= 1'b0;
			XEC <= 1'b0;
			
			merge_D0_reg <= I_reg[2:0];
			WC_reg <= 1'b0;
			SC_reg <= 1'b0;
			n_LB_w_reg <= I_reg[3];
			n_RB_w_reg <= ~I_reg[3];
			latch_wren_reg <= 1'b0;
			latch_address_w_reg <= I_reg[4:3];
		end
		endcase
	end
end
assign SC = SC_reg;
assign WC = WC_reg;
assign n_LB_w = n_LB_w_reg;
assign n_RB_w = n_RB_w_reg;
assign n_LB_r = n_LB_r_reg;
assign n_RB_r = n_RB_r_reg;
assign rotate_S0 = rotate_S0_reg;
assign rotate_R = rotate_R_reg;
assign rotate_source = rotate_source_reg;
assign rotate_mux = rotate_mux_reg;
assign mask_L = mask_L_reg;
assign alu_op = alu_op_reg;
assign alu_mux = alu_mux_reg;
assign alu_I_field = alu_I_field_reg;
assign latch_wren = latch_wren_reg;
assign latch_address_w = latch_address_w_reg;
assign latch_address_r = latch_address_r_reg;
assign merge_D0 = merge_D0_reg;
assign shift_L = shift_L_reg;
assign regf_a = regf_a_reg;
assign regf_w = regf_w_reg;
assign regf_wren = regf_wren_reg;
assign PC_JMP = JMP;
assign PC_XEC = XEC;
assign PC_NZT = NZT;
assign PC_I_field = PC_I_field_reg;
endmodule

module PC(input wire clk, NZT, XEC, JMP, RST, ALU_NZ, hazard, long_I, input wire[7:0] ALU_data, input wire[12:0] PC_I_field, output wire[12:0] A);
reg[12:0] A_reg;
reg[12:0] PC_reg;
reg[12:0] A_next_I, A_pipe0, A_pipe1, A_pipe2, A_pipe3, A_pipe4;
always @(posedge clk)
begin
	if(~hazard)
		A_next_I <= A_reg;
	A_pipe0 <= A_next_I;
	A_pipe1 <= A_pipe0;
	A_pipe2 <= A_pipe1;
	A_pipe3 <= A_pipe2;
	A_pipe4 <= A_pipe3;
	if(RST)
	begin
		A_reg <= 13'h0;
		PC_reg <= 13'h0;
	end
	else
	begin
		if((NZT & ALU_NZ) | XEC)
		begin
			if(long_I)
				A_reg <= {A_pipe4[12:8], ALU_data};
			else
				A_reg <= {A_pipe4[12:5], ALU_data[4:0]};
			if(XEC)
				PC_reg <= A_pipe1;
			else if(long_I)
				PC_reg <= {A_pipe4[12:8], ALU_data};
			else
				PC_reg <= {A_pipe4[12:5], ALU_data[4:0]};
		end
		else if(JMP)
		begin
			A_reg <= PC_I_field;
			PC_reg <= PC_I_field;
		end
		else if(~hazard)
		begin
			A_reg <= PC_reg + 13'h1;
			PC_reg <= PC_reg + 13'h1;
		end
	end
end
assign A = A_reg;
endmodule

module hazard_unit(
		input wire clk,
		input wire NZT, NZT1, NZT2, NZT3, NZT4,
		input wire JMP,
		input wire XEC, XEC1, XEC2, XEC3, XEC4,
		input wire ALU_NZ,
		input wire[2:0] alu_op,
		input wire alu_mux,
		input wire HALT,
		input wire RST,
		input wire[2:0] regf_a_read,
		input wire[2:0] regf_w_reg1, regf_w_reg2, regf_w_reg3, regf_w_reg4, regf_w_reg5,
		input wire regf_wren_reg1, regf_wren_reg2, regf_wren_reg3, regf_wren_reg4, regf_wren_reg5,
		input wire SC_reg1, SC_reg2, SC_reg3, SC_reg4, SC_reg5, SC_reg6, SC_reg7,
		input wire WC_reg1, WC_reg2, WC_reg3, WC_reg4, WC_reg5, WC_reg6, WC_reg7,
		input wire n_LB_w_reg1, n_LB_w_reg2, n_LB_w_reg3, n_LB_w_reg4, n_LB_w_reg5, n_LB_w_reg6, n_LB_w_reg7,
		input wire n_LB_r,
		input wire rotate_mux,
		input wire rotate_source,
		output wire hazard,
		output wire pipeline_flush,
		output wire decoder_RST);
reg RST_hold;
wire decoder_flush;
wire aux_read;
wire aux_hazard;
wire regf_hazard1, regf_hazard2, regf_hazard3, regf_hazard4, regf_hazard5;
wire regf_hazard;
wire IO_hazard;
wire IO_hazard1, IO_hazard2, IO_hazard3, IO_hazard4, IO_hazard5, IO_hazard6, IO_hazard7;
wire branch_hazard = JMP & (NZT1 | NZT2 | NZT3 | XEC1 | XEC2 | XEC3);
assign aux_read = (alu_op != 3'b000) & (~alu_mux);
assign decoder_flush = (~branch_hazard) & ((NZT4 & ALU_NZ) | JMP | XEC4);
assign pipeline_flush = (NZT4 & ALU_NZ) | XEC4;
always @(posedge clk)
begin
	RST_hold <= decoder_flush;
end
assign decoder_RST = decoder_flush | RST_hold | RST;
assign regf_hazard1 = regf_wren_reg1 & (~rotate_mux) & (~rotate_source) & (regf_a_read == regf_w_reg1);
assign regf_hazard2 = regf_wren_reg2 & (~rotate_mux) & (~rotate_source) & (regf_a_read == regf_w_reg2);
assign regf_hazard3 = regf_wren_reg3 & (~rotate_mux) & (~rotate_source) & (regf_a_read == regf_w_reg3);
assign regf_hazard4 = regf_wren_reg4 & (~rotate_mux) & (~rotate_source) & (regf_a_read == regf_w_reg4);
assign regf_hazard5 = regf_wren_reg5 & (~rotate_mux) & (~rotate_source) & (regf_a_read == regf_w_reg5);
assign IO_hazard1 = (~rotate_mux) & rotate_source & (SC_reg1 | (WC_reg1 & (n_LB_w_reg1 == n_LB_r)));
assign IO_hazard2 = (~rotate_mux) & rotate_source & (SC_reg2 | (WC_reg2 & (n_LB_w_reg2 == n_LB_r)));
assign IO_hazard3 = (~rotate_mux) & rotate_source & (SC_reg3 | (WC_reg3 & (n_LB_w_reg3 == n_LB_r)));
assign IO_hazard4 = (~rotate_mux) & rotate_source & (SC_reg4 | (WC_reg4 & (n_LB_w_reg4 == n_LB_r)));
assign IO_hazard5 = (~rotate_mux) & rotate_source & (SC_reg5 | (WC_reg5 & (n_LB_w_reg5 == n_LB_r)));
assign IO_hazard6 = (~rotate_mux) & rotate_source & (SC_reg6 | (WC_reg6 & (n_LB_w_reg6 == n_LB_r)));
assign IO_hazard7 = (~rotate_mux) & rotate_source & (SC_reg7 | (WC_reg7 & (n_LB_w_reg7 == n_LB_r)));
assign aux_hazard = aux_read & regf_wren_reg1 & (regf_w_reg1 == 3'h0);
assign regf_hazard = regf_hazard1 | regf_hazard2 | regf_hazard3 | regf_hazard4 | regf_hazard5;
assign IO_hazard = IO_hazard1 | IO_hazard2 | IO_hazard3 | IO_hazard4 | IO_hazard5 | IO_hazard6 | IO_hazard7;
assign hazard = decoder_flush | RST_hold | IO_hazard | regf_hazard | aux_hazard | branch_hazard | HALT;
endmodule